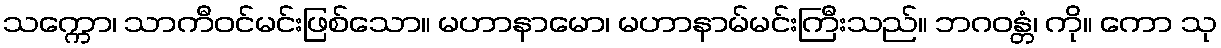
သက္ကော၊ သာကီဝင်မင်းဖြစ်သော။ မဟာနာမော၊ မဟာနာမ်မင်းကြီးသည်။ ဘဂဝန္တံ၊ ကို။ ကော သု